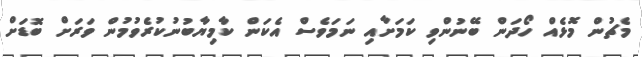
މެޗުން މޮޅެއް ހޯދަން ބޭނުންވި ކަމަށާއި ނަމަވެސް އެކަން ކާމިޔާބުނުކުރެވުމުން ވަރަށް ބޮޑަށް